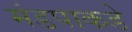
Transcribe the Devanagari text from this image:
मंडपाकडे